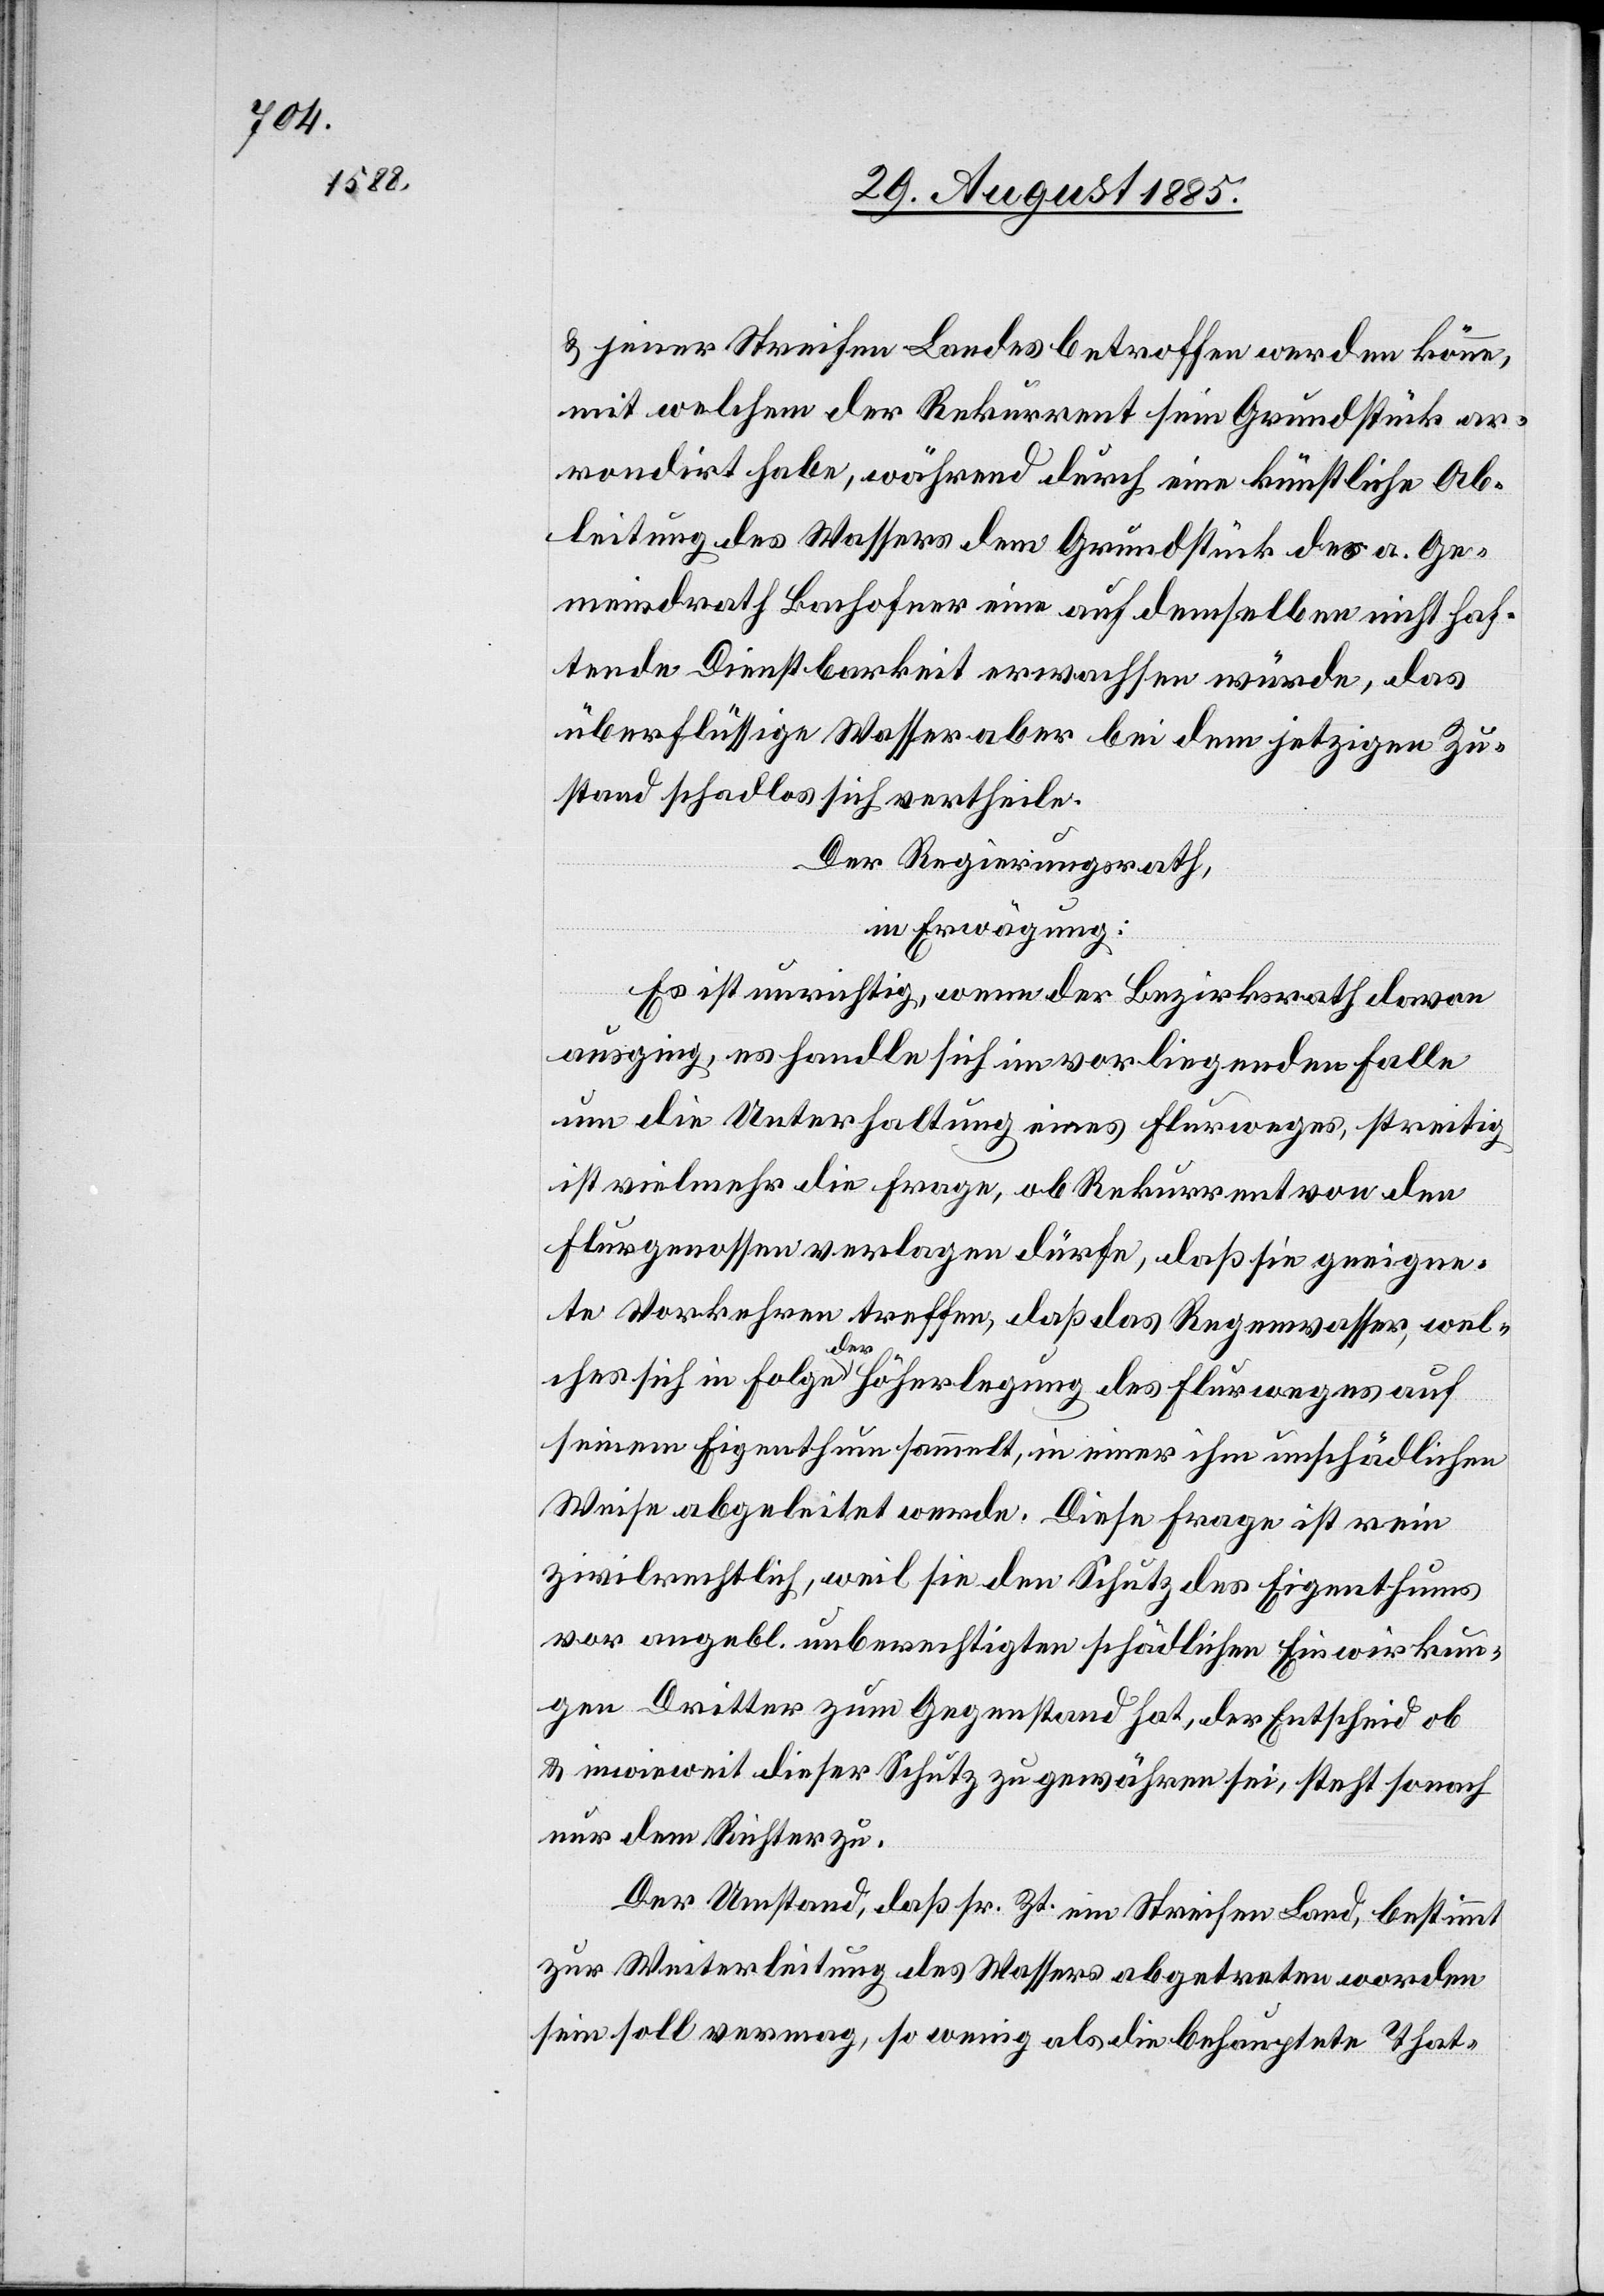
& jener Streifen Landes betroffen werden könne,
mit welchem der Rekurrent sein Grundstück ar¬
rondirt habe, während durch eine künstliche Ab¬
leitung des Wassers dem Grundstück des a. Ge¬
meindrath Bachofner eine auf demselben nicht haf¬
tende Dienstbarkeit erwachsen würde, das
überflüssige Wasser aber bei dem jetzigen Zu¬
stand schadlos sich vertheile.
Der Regierungsrath,
in Erwägung:
Es ist unrichtig, wenn der Bezirksrath davon
ausging, es handle sich im vorliegenden Falle
um die Unterhaltung eines Flurweges, streitig
ist vielmehr die Frage, ob Rekurrent von den
Flurgenossen verla[n]gen dürfe, daß sie geeigne¬
te Vorkehren treffen, daß das Regenwasser, wel¬
ches sich in Folge der Höherlegung des Flurweges auf
seinem Eigenthum sammelt, in einer ihm unschädlichen
Weise abgeleitet werde. Diese Frage ist rein
zivilrechtlich, weil sie den Schutz des Eigenthums
vor angebl. unberechtigten schädlichen Einwirkun¬
gen Dritter zum Gegenstand hat, der Entscheid ob
& inwieweit dieser Schutz zu gewähren sei, steht sonach
nur dem Richter zu.
Der Umstand, daß sr. Zt. ein Streifen Land, bestimmt
zur Weiterleitung des Wassers abgetreten worden
sein soll vermag, so wenig als die behauptete That-